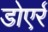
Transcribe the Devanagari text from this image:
डोएर्र